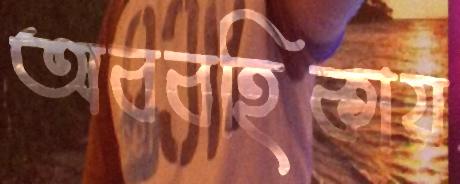
অববহিকায়